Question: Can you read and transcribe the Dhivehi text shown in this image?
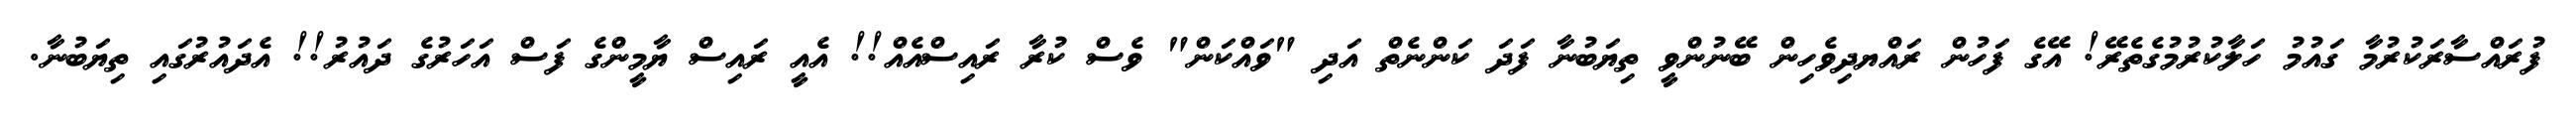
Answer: ފުރައްސާރަކުރުމާ ގައުމު ހަލާކުރުމުގެތެރޭ! އޭގެ ފަހުން ރައްޔދިވެހިން ބޭނުންވީ ތިޔަބުނާ ފަދަ ކަންނެތް އަދި "ވައްކަން" ވެސް ކުރާ ރައިސްއެއް!! އެއީ ރައިސް ޔާމީންގެ ފަސް އަހަރުގެ ދައުރު!! އެދައުރުގައި ތިޔަބުނާ.